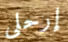
إرحلي